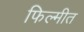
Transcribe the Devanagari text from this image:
फिल्मीत